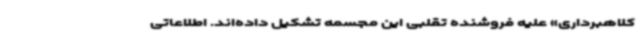
کلاهبرداری» علیه فروشنده تقلبی این مجسمه تشکیل داده‌اند. اطلاعاتی